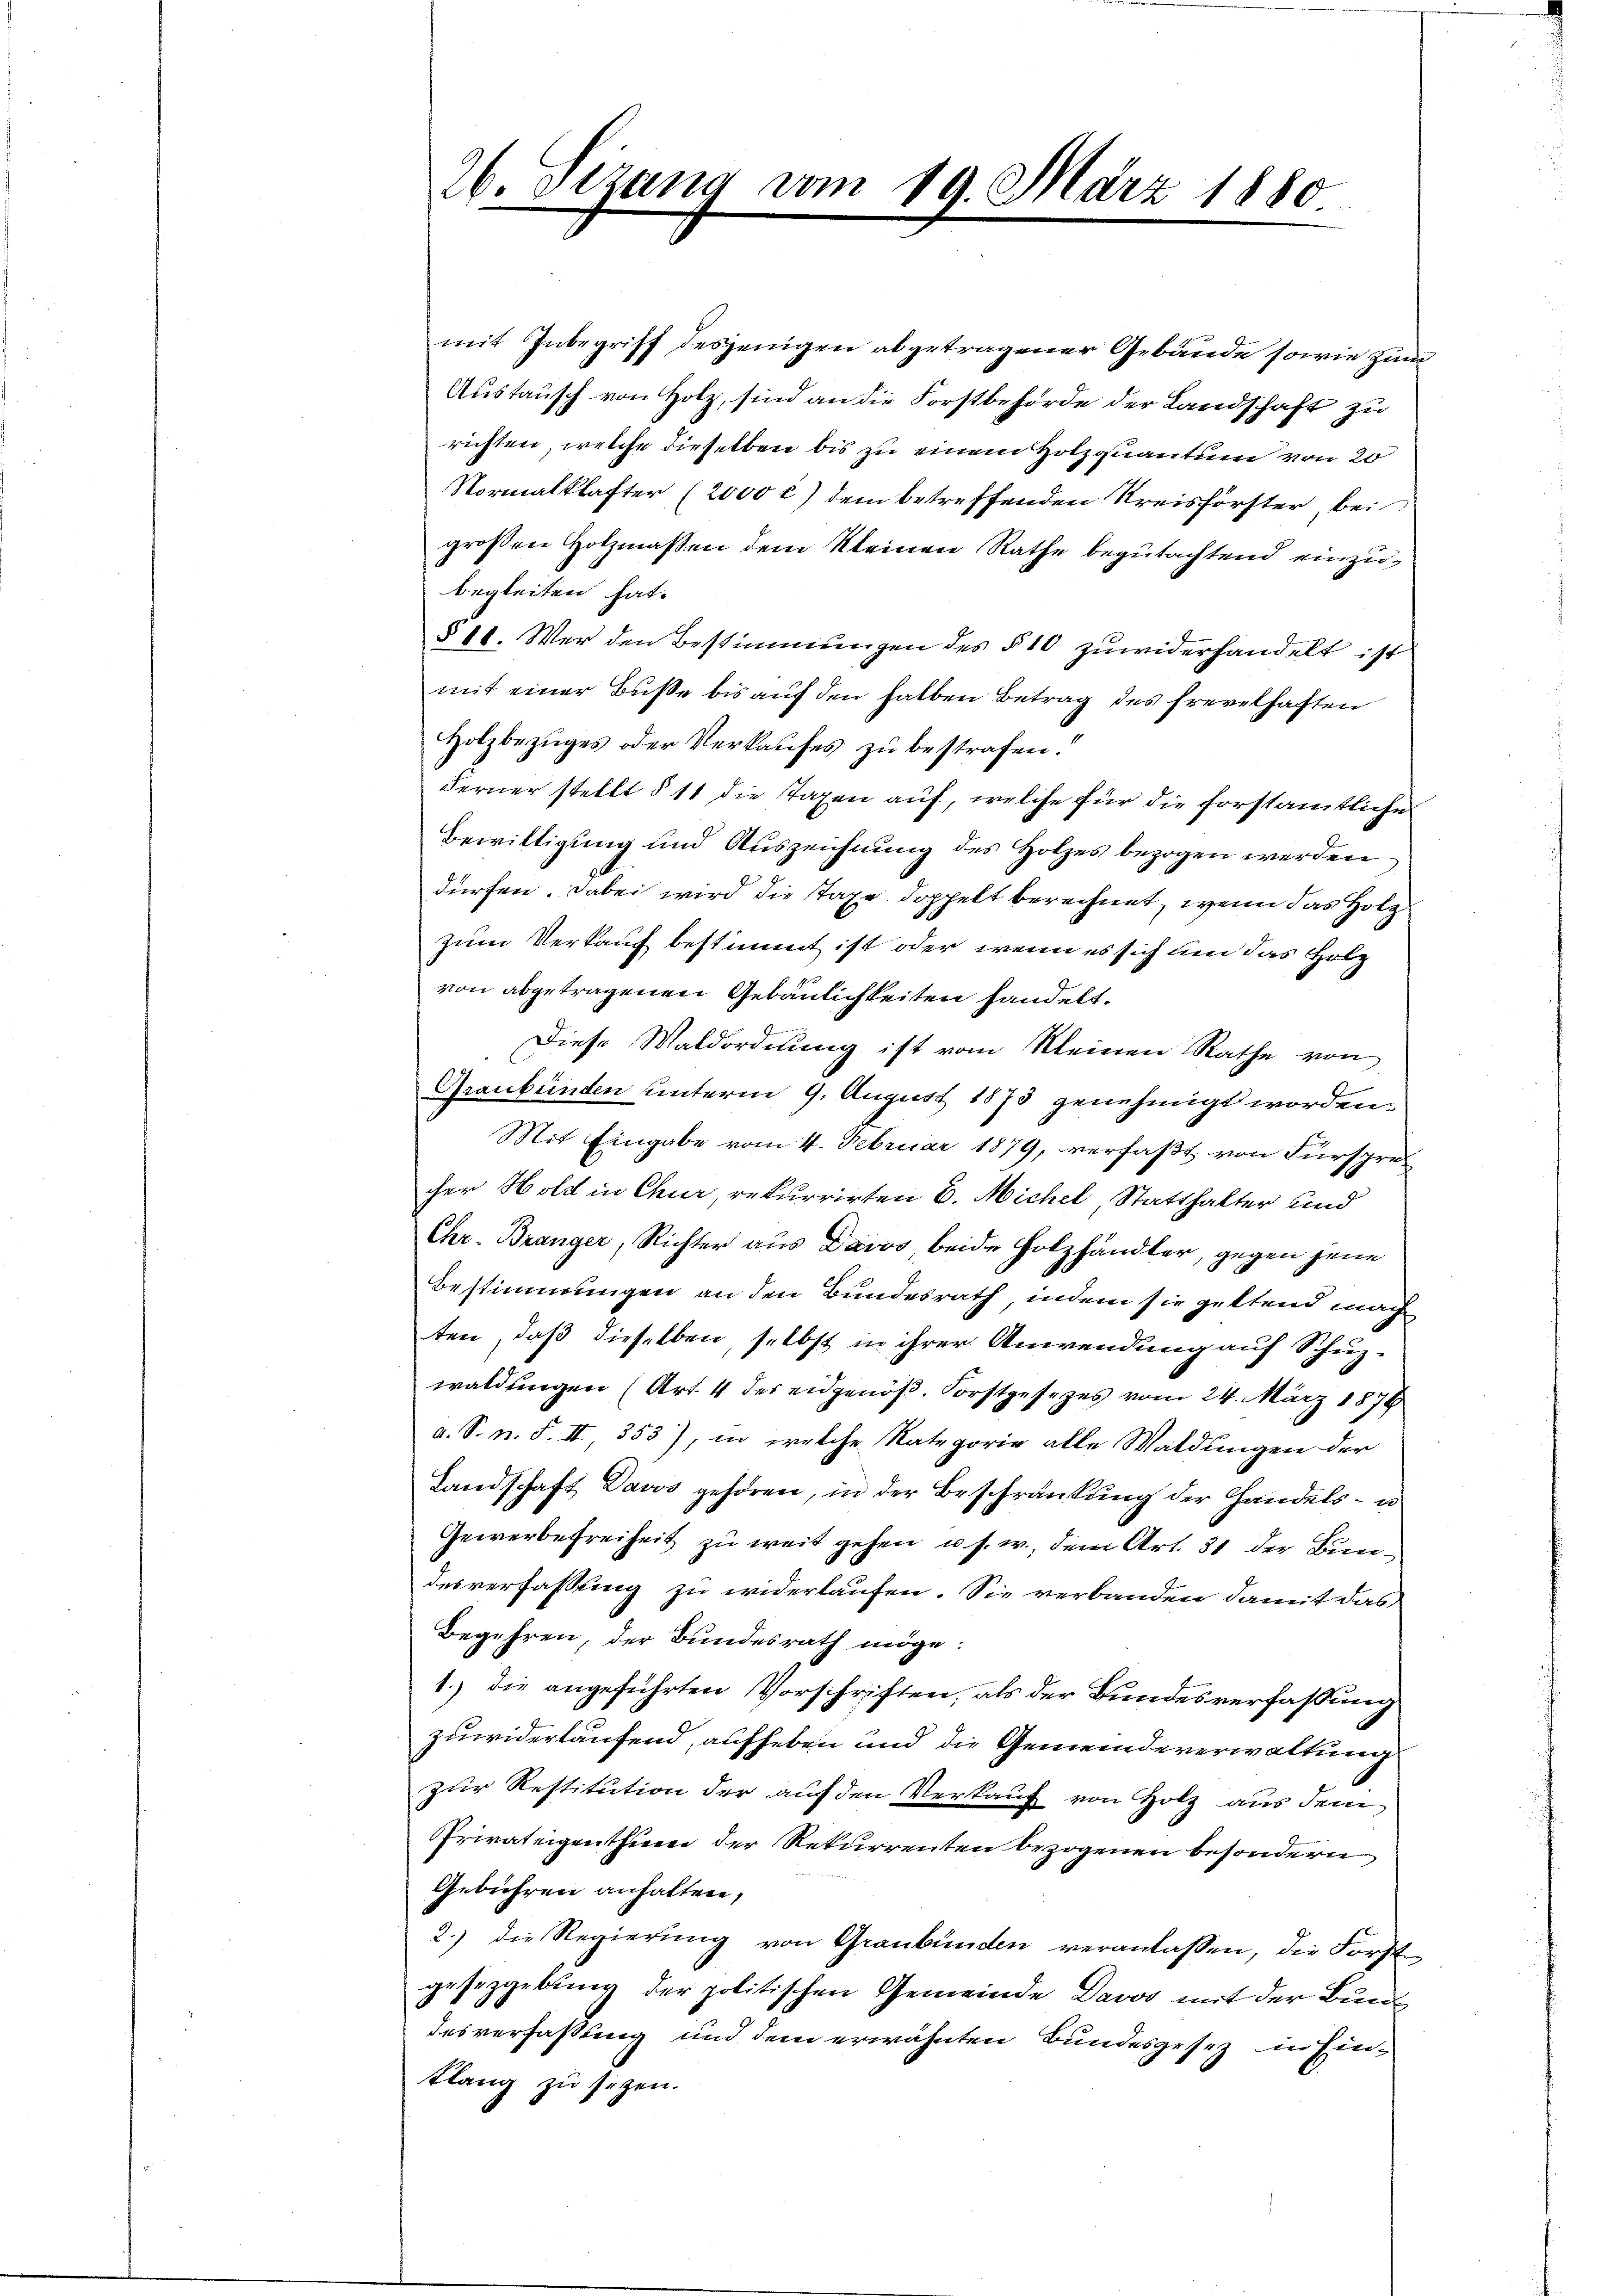
26. Sizung vom 19. März 1880.

mit Inbegriff desjenigen abgetragener Gebäude sowie zum
Austausch von Holz, sind an die Forstbehörde der Landschaft zu
richten, welche dieselben bis zu einem Holzquantum von 20
Normalklafter (2000 c) dem betreffenden Kreisförster, bei
großen Holzmaßen dem Kleinen Rathe begutachtend einzubegleiten hat.
§ 11. Wer den Bestimmungen des § 10 zuwiderhandelt ist
mit einer Buße bis auf den halben Betrag des frevelhaften
Holzbezŭges oder Verkaufes zu bestrafen.
Ferner stellt § 11 die Taxen auf, welche für die forstamtliche
Bewilligung und Auszeichnung des Holzes bezogen werden
dürfen. Dabei wird die Taxe doppelt berechnet, wenn das Holz
zum Verkauf bestimmt ist oder wenn es sich um das Holz
von abgetragenen Gebäulichkeiten handelt.
Diese Waldordnung ist vom Meinen Rathe von
Graubünden unterm 9. August 1873 genehmigt worden,
Mit Eingabe vom 4. Februar 1879, verfaßt von Fürspre
cher Hold in Chur, rekurrirten E. Michel, Statthalter und
Chr. Branger, Richter aus Davos beide Holzhändler, gegen jene
Bestimmungen an den Bundesrath, indem sie geltend mach
ten, daß dieselben, selbst in ihrer Anwendung auf Schuz-
waldungen (Art. 4 der eidgenöß. Forstgesezes vom 24. März 1876
a. S. n. F. II, 353), in welche Rategorie alle Waldungen der
Landschaft Davos gehören, in der Beschränkung der Handels- u
Gewerbefreiheit zu weit gehen u. s. w., dem Art. 31 der Bundesverfassung zu widerlaufen. Sie verbanden damit das
Begehren, der Bundesrath möge:
1.) Die angeführten Vorschriften, als der Bundesverfassung
zuwiderlaufend, aufheben und die Gemeindeverwaltung
zur Restitution der auf den Verkauf von Holz aus dem
Privateigenthum der Rekurrenten bezogenen besondern
Gebühren anhalten,
2.) die Regierung von Graubünden veranlassen, die Forst
gesezgebung der politischen Gemeinde Davos mit der Bund
desverfassung und dem erwähnten Bundesgesez in Eintlang zu setzen.